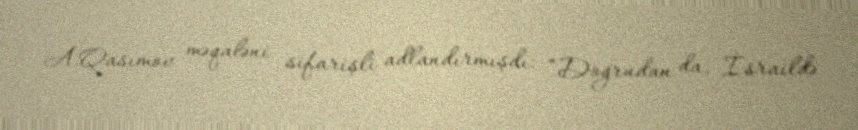
A.Qasımov məqaləni sifarişli adlandırmışdı: “Doğrudan da, İsraildə